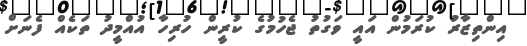
އިންތިޒާރު ކުރަމުން އައީ ވަގުތު ޖެހުމުގެ ކުރީން ހުރިހާ އުއްމީދު ތަކެއް ފެނަށް